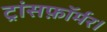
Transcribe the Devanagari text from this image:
ट्रांसफ़ॉर्मर।